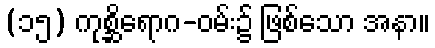
(၁၅) ကုစ္ဆိရောဂ-ဝမ်း၌ ဖြစ်သော အနာ။